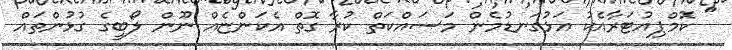
" ކޮމްޕިއުޓަރާއެކު އަޅުގަނޑުމެން މަސައްކަތް ކުރާ ގޮތް އެކަންޏެއް ނޫން ލޯބީގެ ގުޅުންތައް